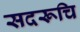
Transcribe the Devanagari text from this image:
सदरूचि